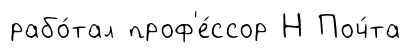
рабо́тал проф'е́ссор Н Поч́та